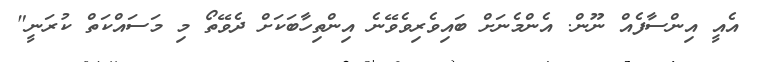
އެއީ އިންސާފެއް ނޫން. އެންމެނަށް ބައިވެރިވެވޭނެ އިންތިހާބަކަށް ދެވޭތޯ މި މަސައްކަތް ކުރަނީ"